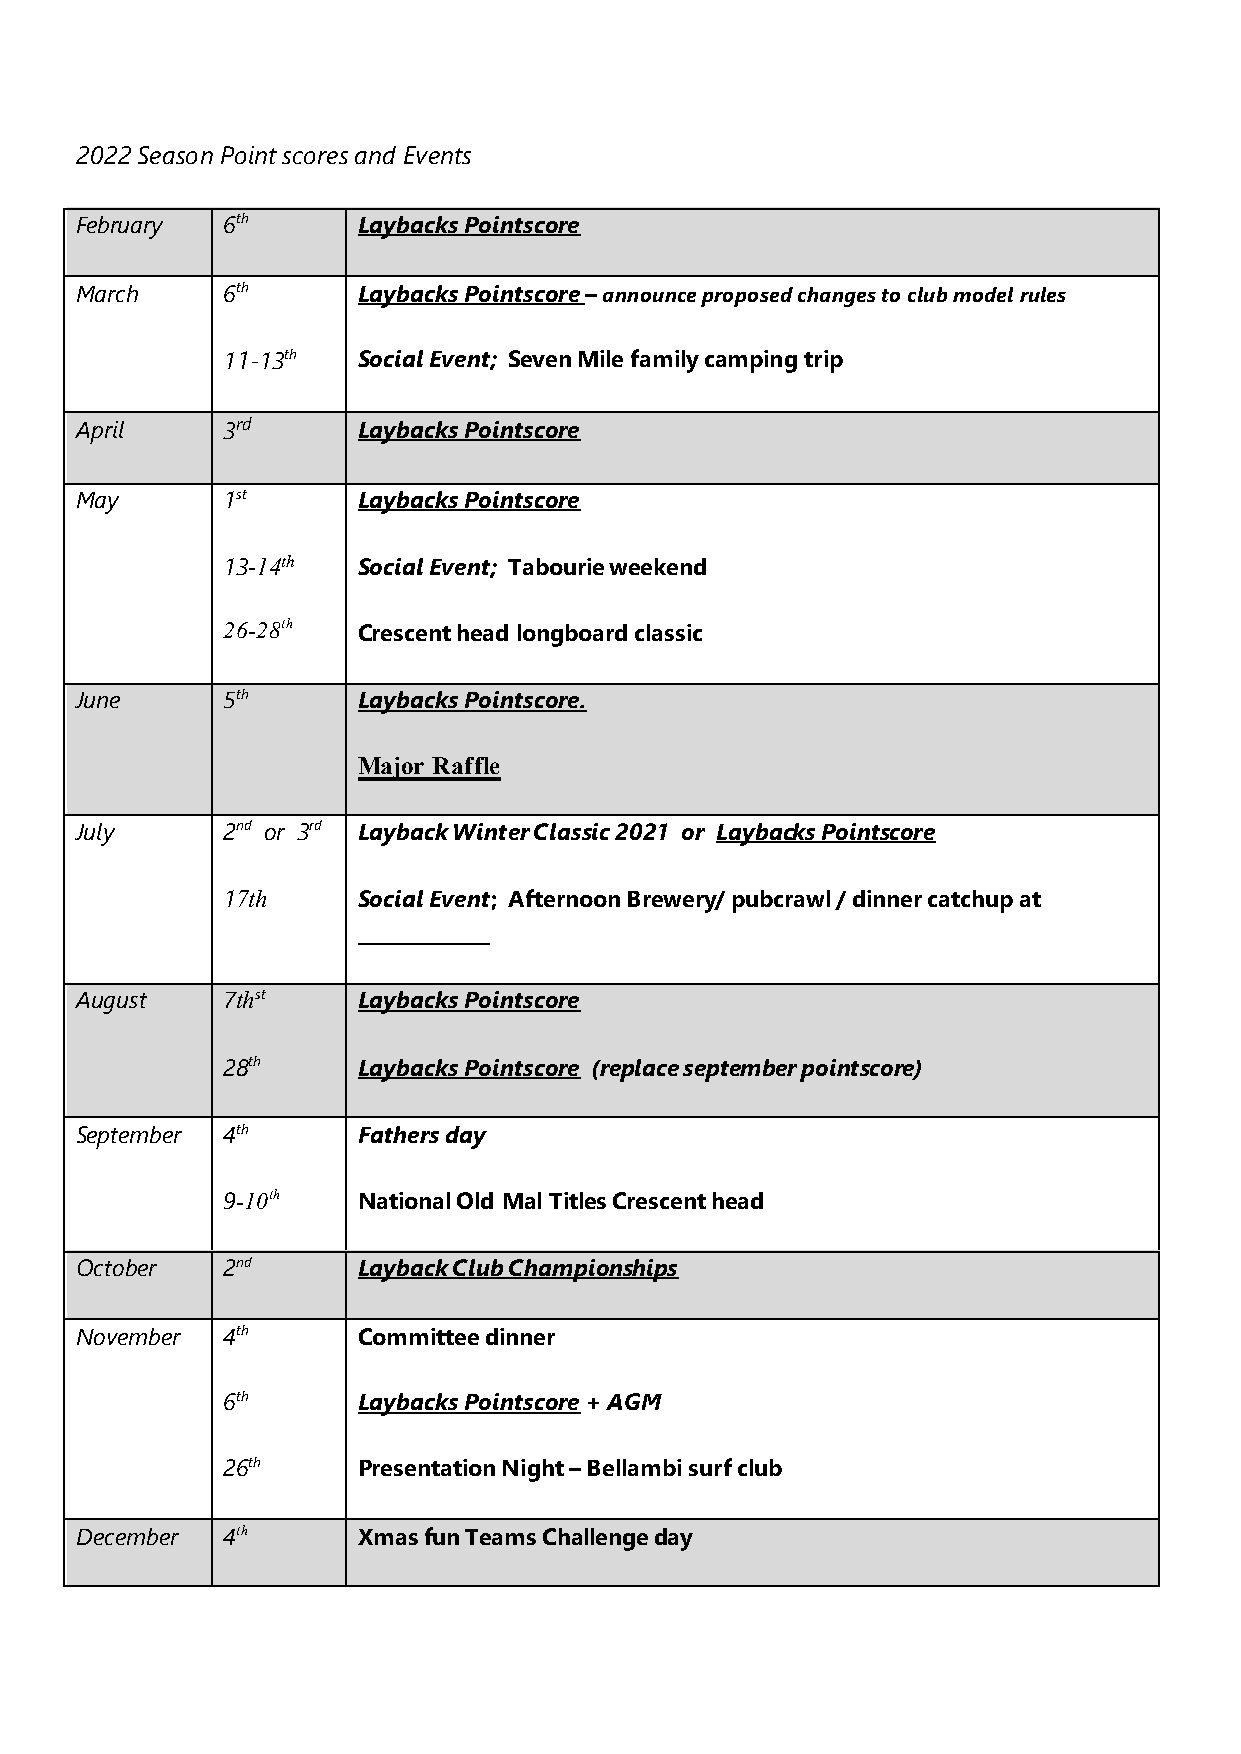
2022 Season Point scores and Events
 February  6th      Laybacks Pointscore
 March     6th      Laybacks Pointscore – announce proposed changes to club model rules
 11-13th  Social Event; Seven Mile family camping trip
 April     3rd      Laybacks Pointscore
 May       1st      Laybacks Pointscore
 13-14th  Social Event; Tabourie weekend
 26-28th
 Crescent head longboard classic
 June      5th      Laybacks Pointscore.
 Major Raffle
 July      2nd or 3rd Layback Winter Classic 2021 or Laybacks Pointscore
 17th     Social Event; Afternoon Brewery/ pubcrawl / dinner catchup at
 ______________
 August    7thst    Laybacks Pointscore
 28th     Laybacks Pointscore (replace september pointscore)
 September 4th      Fathers day
 9-10th   National Old Mal Titles Crescent head
 October   2nd      Layback Club Championships
 November  4th      Committee dinner
 6th      Laybacks Pointscore + AGM
 26th
 Presentation Night – Bellambi surf club
 December  4th      Xmas fun Teams Challenge day